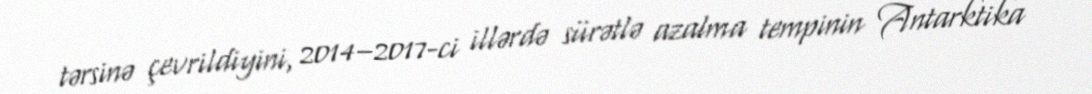
tərsinə çevrildiyini, 2014–2017-ci illərdə sürətlə azalma tempinin Antarktika